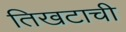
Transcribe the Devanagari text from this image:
तिखटाची